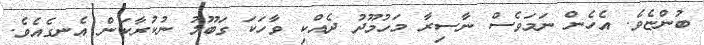
ބުންޏެވެ. އެހެން ނަމަވެސް ނާސިރާ މަހުމޫދު ދެއްކި ވާހަކަ ގަބޫލު ނުކުރާކަން އެނގެއެވެ.